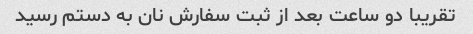
تقریبا دو ساعت بعد از ثبت سفارش نان به دستم رسید